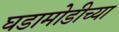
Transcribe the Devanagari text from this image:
घडामोडीच्या